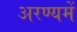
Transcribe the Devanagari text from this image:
अरण्यमें